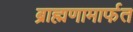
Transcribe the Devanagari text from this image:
ब्राह्मणामार्फत